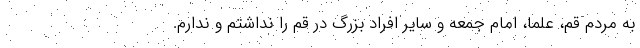
به مردم قم، علما، امام جمعه و سایر افراد بزرگ در قم را نداشتم و ندارم.